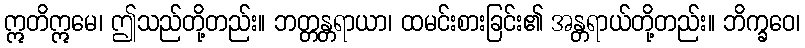
ဣတိဣမေ၊ ဤသည်တို့တည်း။ ဘတ္တန္တရာယာ၊ ထမင်းစားခြင်း၏ အန္တရာယ်တို့တည်း။ ဘိက္ခဝေ၊